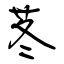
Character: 苳